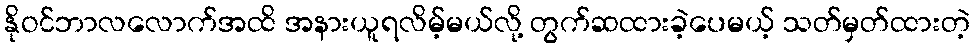
နိုဝင်ဘာလလောက်အထိ အနားယူရလိမ့်မယ်လို့ တွက်ဆထားခဲ့ပေမယ့် သတ်မှတ်ထားတဲ့